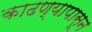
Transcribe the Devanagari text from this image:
काढण्यापासून